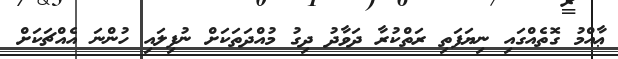
ޢާއްމު ގޮތެއްގައި ނިޔަފަތި ރަތްކުރާ ދަވާދު ދިގު މުއްދަތަކަށް ނުފިލައި ހުންނަ އެއްޗަކަށް